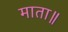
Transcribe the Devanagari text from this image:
माता॥